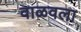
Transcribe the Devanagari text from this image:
वाळवला